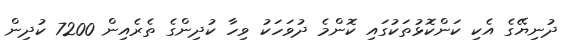
ދުނިޔޭގެ އެކި ކަންކޮޅުތަކުގައި ކޮންމެ ދުވަހަކު ވިހާ ކުދިންގެ ތެރެއިން 7200 ކުދިން